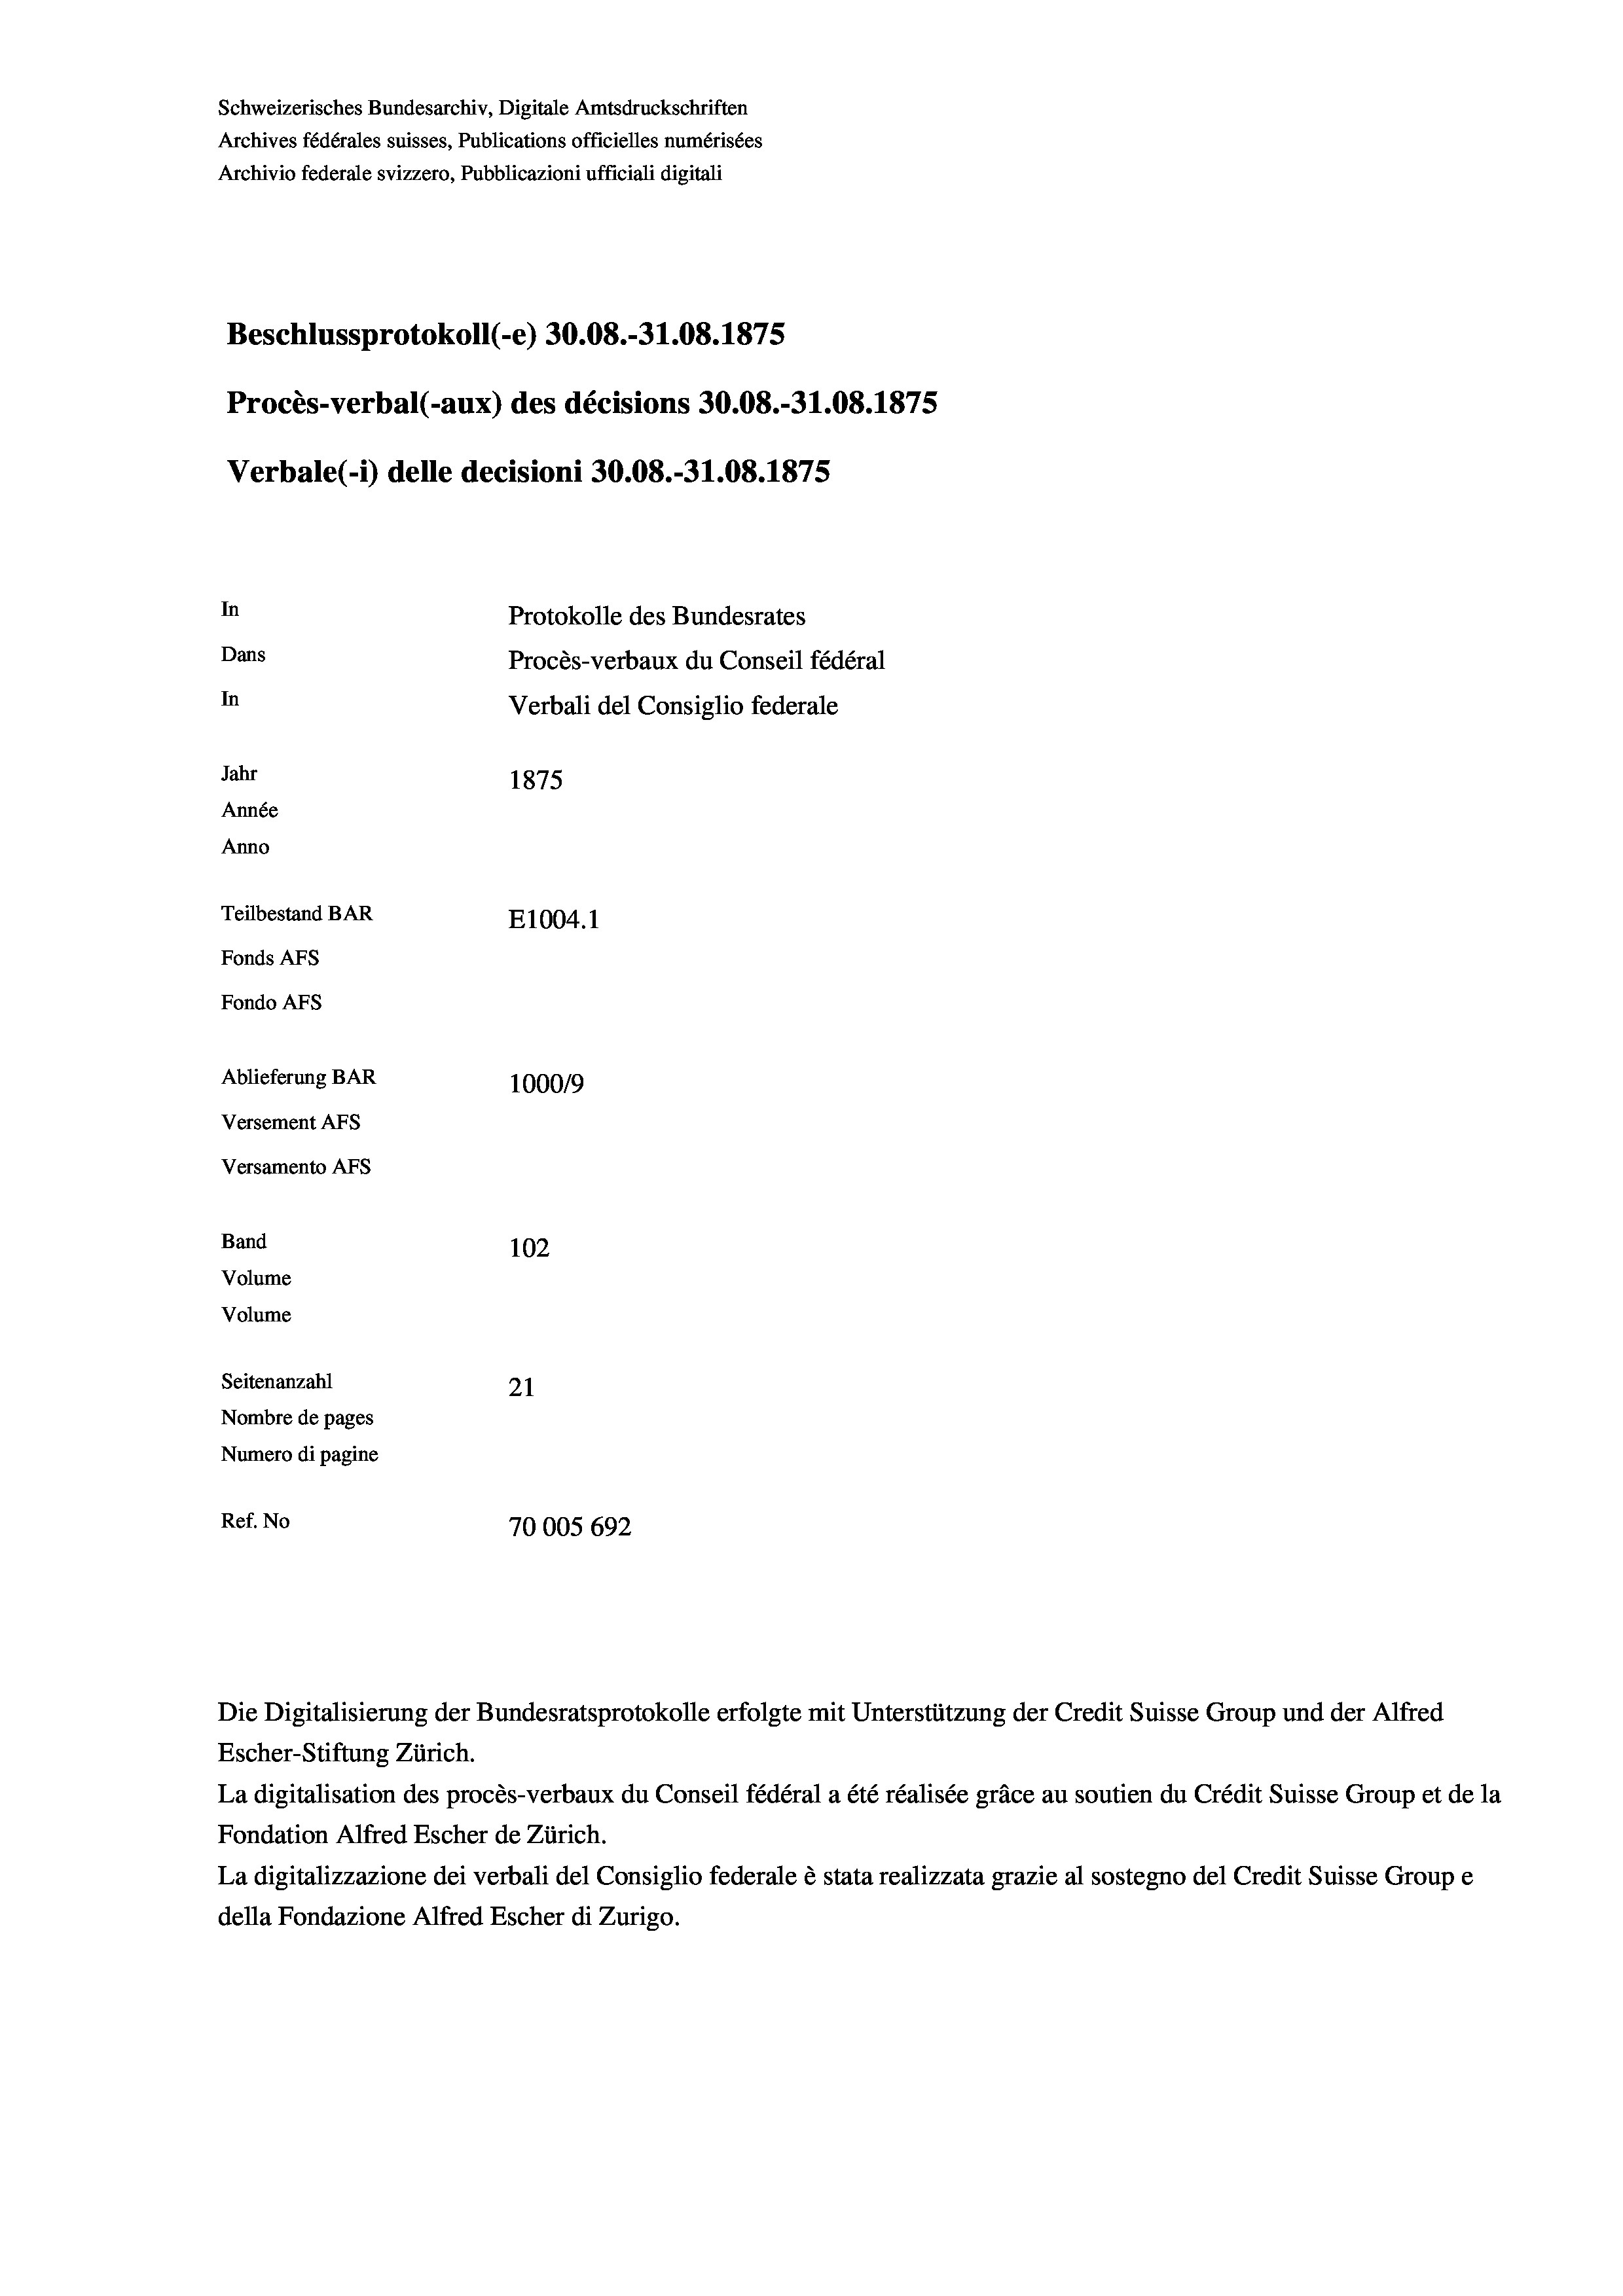
Schweizerisches Bundesarchiv, Digitale Amtsdruckschriften
Archives fédérales suisses, Publications officielles numérisées
Beschlussprotokoll (-e) 30.08.-31.08. 1875
Procès-verbal (-aux) des décisions 30.08.-31.08. 1875
Verbale(-*) delle decisioni 30.08.-31.08. 1875
In
Protokolle des Bundesrates
Dans
Procès-verbaux du Conseil fédéral
In
Verbali del Consiglio federale
Jahr
1875
Année
Anno
Teilbestand BAR
E1004. 1
Fonds AFs
Fondo AFS

Ablieferung BAR
Versement AFs
Versamento Afs
Band
Volume
Volume
Seitenanzahl

Archivio federale svizzero, Pubblicazioni ufficiali digitali

102
21
Nombre de pages
Numero di pagine
Ref. No
70005 692

100019

Escher-Stiftung Zürich.
La digitalisation des procès-verbaux du Conseil fédéral a été réalisée gräce au soutien du Crédit Suisse Group et de la
Fondation Alfred Escher de Zürich.
La digitalizzazione dei verbali del Consiglio federale è stata realizzata grazie al sostegno del Credit Suisse Groupe
della Fondazione Alfred Escher di Zurigo.

Die Digitalisierung der Bundesratsprotokolle erfolgte mit Unterstützung der Credit Suisse Group und der Alfred